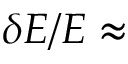
\delta E / E \approx